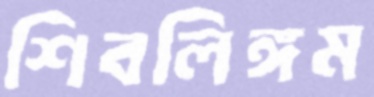
শিবলিঙ্গম